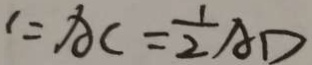
A C = \frac { 1 } { 2 } A D